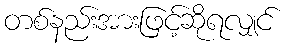
တစ်နည်းအားဖြင့်ဆိုရလျှင်